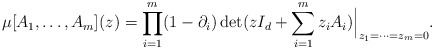
\begin{align*}\mu[A_1,\dots, A_m](z )=\prod_{i=1}^{m} (1-\partial_i) \det(z I_d+\sum_{i=1}^{m}z_i A_i) \Big|_{z_1=\dots=z_m=0}.\end{align*}